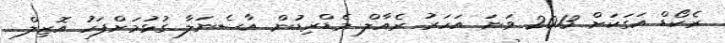
ރެކޯޑް އަގަކަށް 2013 ވަނަ އަހަރު ރެއާލް މެޑްރިޑުން އާސެނަލާ ގުޅުމަށްފަހު އޮޒިލް